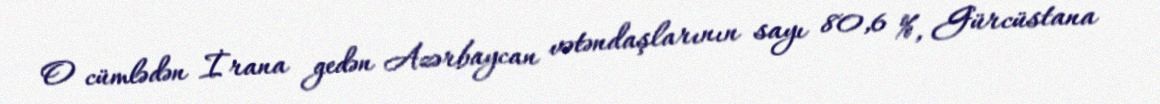
O cümlədən İrana gedən Azərbaycan vətəndaşlarının sayı 80,6 %, Gürcüstana